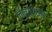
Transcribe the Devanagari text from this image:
नैनोसाइंस